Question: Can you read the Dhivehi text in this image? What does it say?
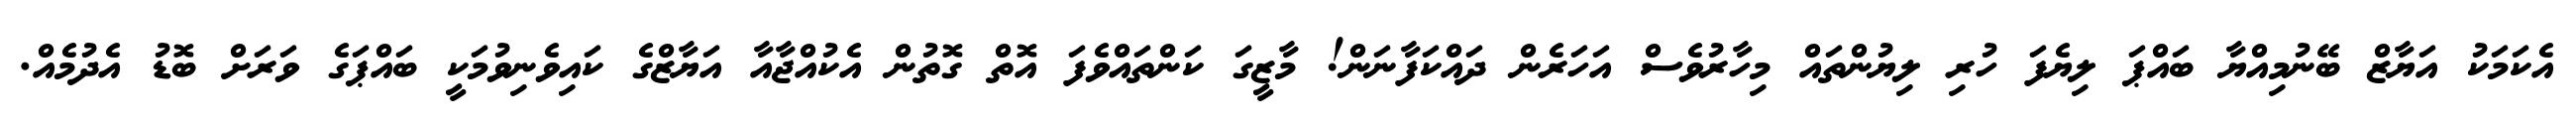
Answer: އެކަމަކު އަޔާޒް ބޭނުމިއްޔާ ބައްޕަ ލިޔެފަ ހުރި ލިޔުންތައް މިހާރުވެސް އަހަރެން ދައްކަފާނަން! މާޒީގަ ކަންތައްވެފަ އޮތް ގޮތުން އެކުއްޖާއާ އަޔާޒްގެ ކައިވެނިވުމަކީ ބައްޕަގެ ވަރަށް ބޮޑު އެދުމެއް.